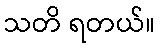
သတိ ရတယ်။